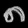
Digit: ၈